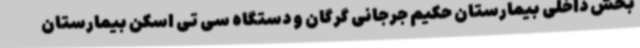
بخش داخلی بیمارستان حکیم جرجانی گرگان و دستگاه سی تی اسکن بیمارستان